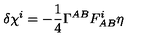
\delta \chi ^ { i } = - { \frac { 1 } { 4 } } \Gamma ^ { A B } F _ { A B } ^ { i } \eta